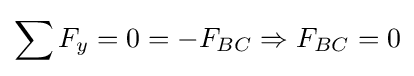
\sum F_{y}=0=-F_{BC}\Rightarrow F_{BC}=0